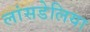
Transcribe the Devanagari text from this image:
लांसडेलिया